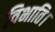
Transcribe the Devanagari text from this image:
विभाति।